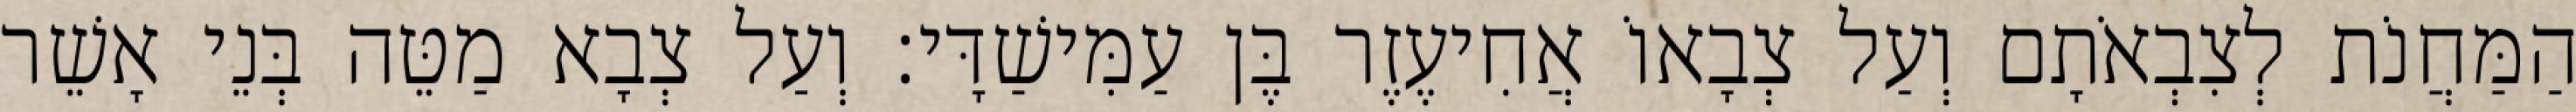
הַמַּחֲנֹת לְצִבְאֹתָם וְעַל צְבָאוֹ אֲחִיעֶזֶר בֶּן עַמִּישַׁדָּי׃ וְעַל צְבָא מַטֵּה בְּנֵי אָשֵׁר